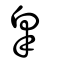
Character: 皐